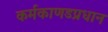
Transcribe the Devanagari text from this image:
कर्मकाणडप्रधान